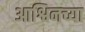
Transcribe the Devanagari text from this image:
आश्विनच्या